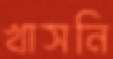
খাসনি